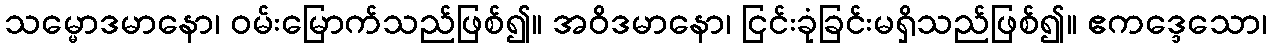
သမ္မောဒမာနော၊ ဝမ်းမြောက်သည်ဖြစ်၍။ အဝိဒမာနော၊ ငြင်းခုံခြင်းမရှိသည်ဖြစ်၍။ ဧကဒ္ဒေသော၊